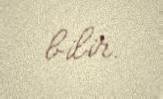
bilir.